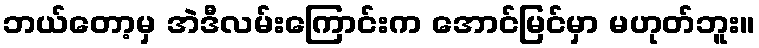
ဘယ်တော့မှ အဲဒီလမ်းကြောင်းက အောင်မြင်မှာ မဟုတ်ဘူး။